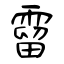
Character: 霤